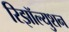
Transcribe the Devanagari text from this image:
रिझॉल्युशन